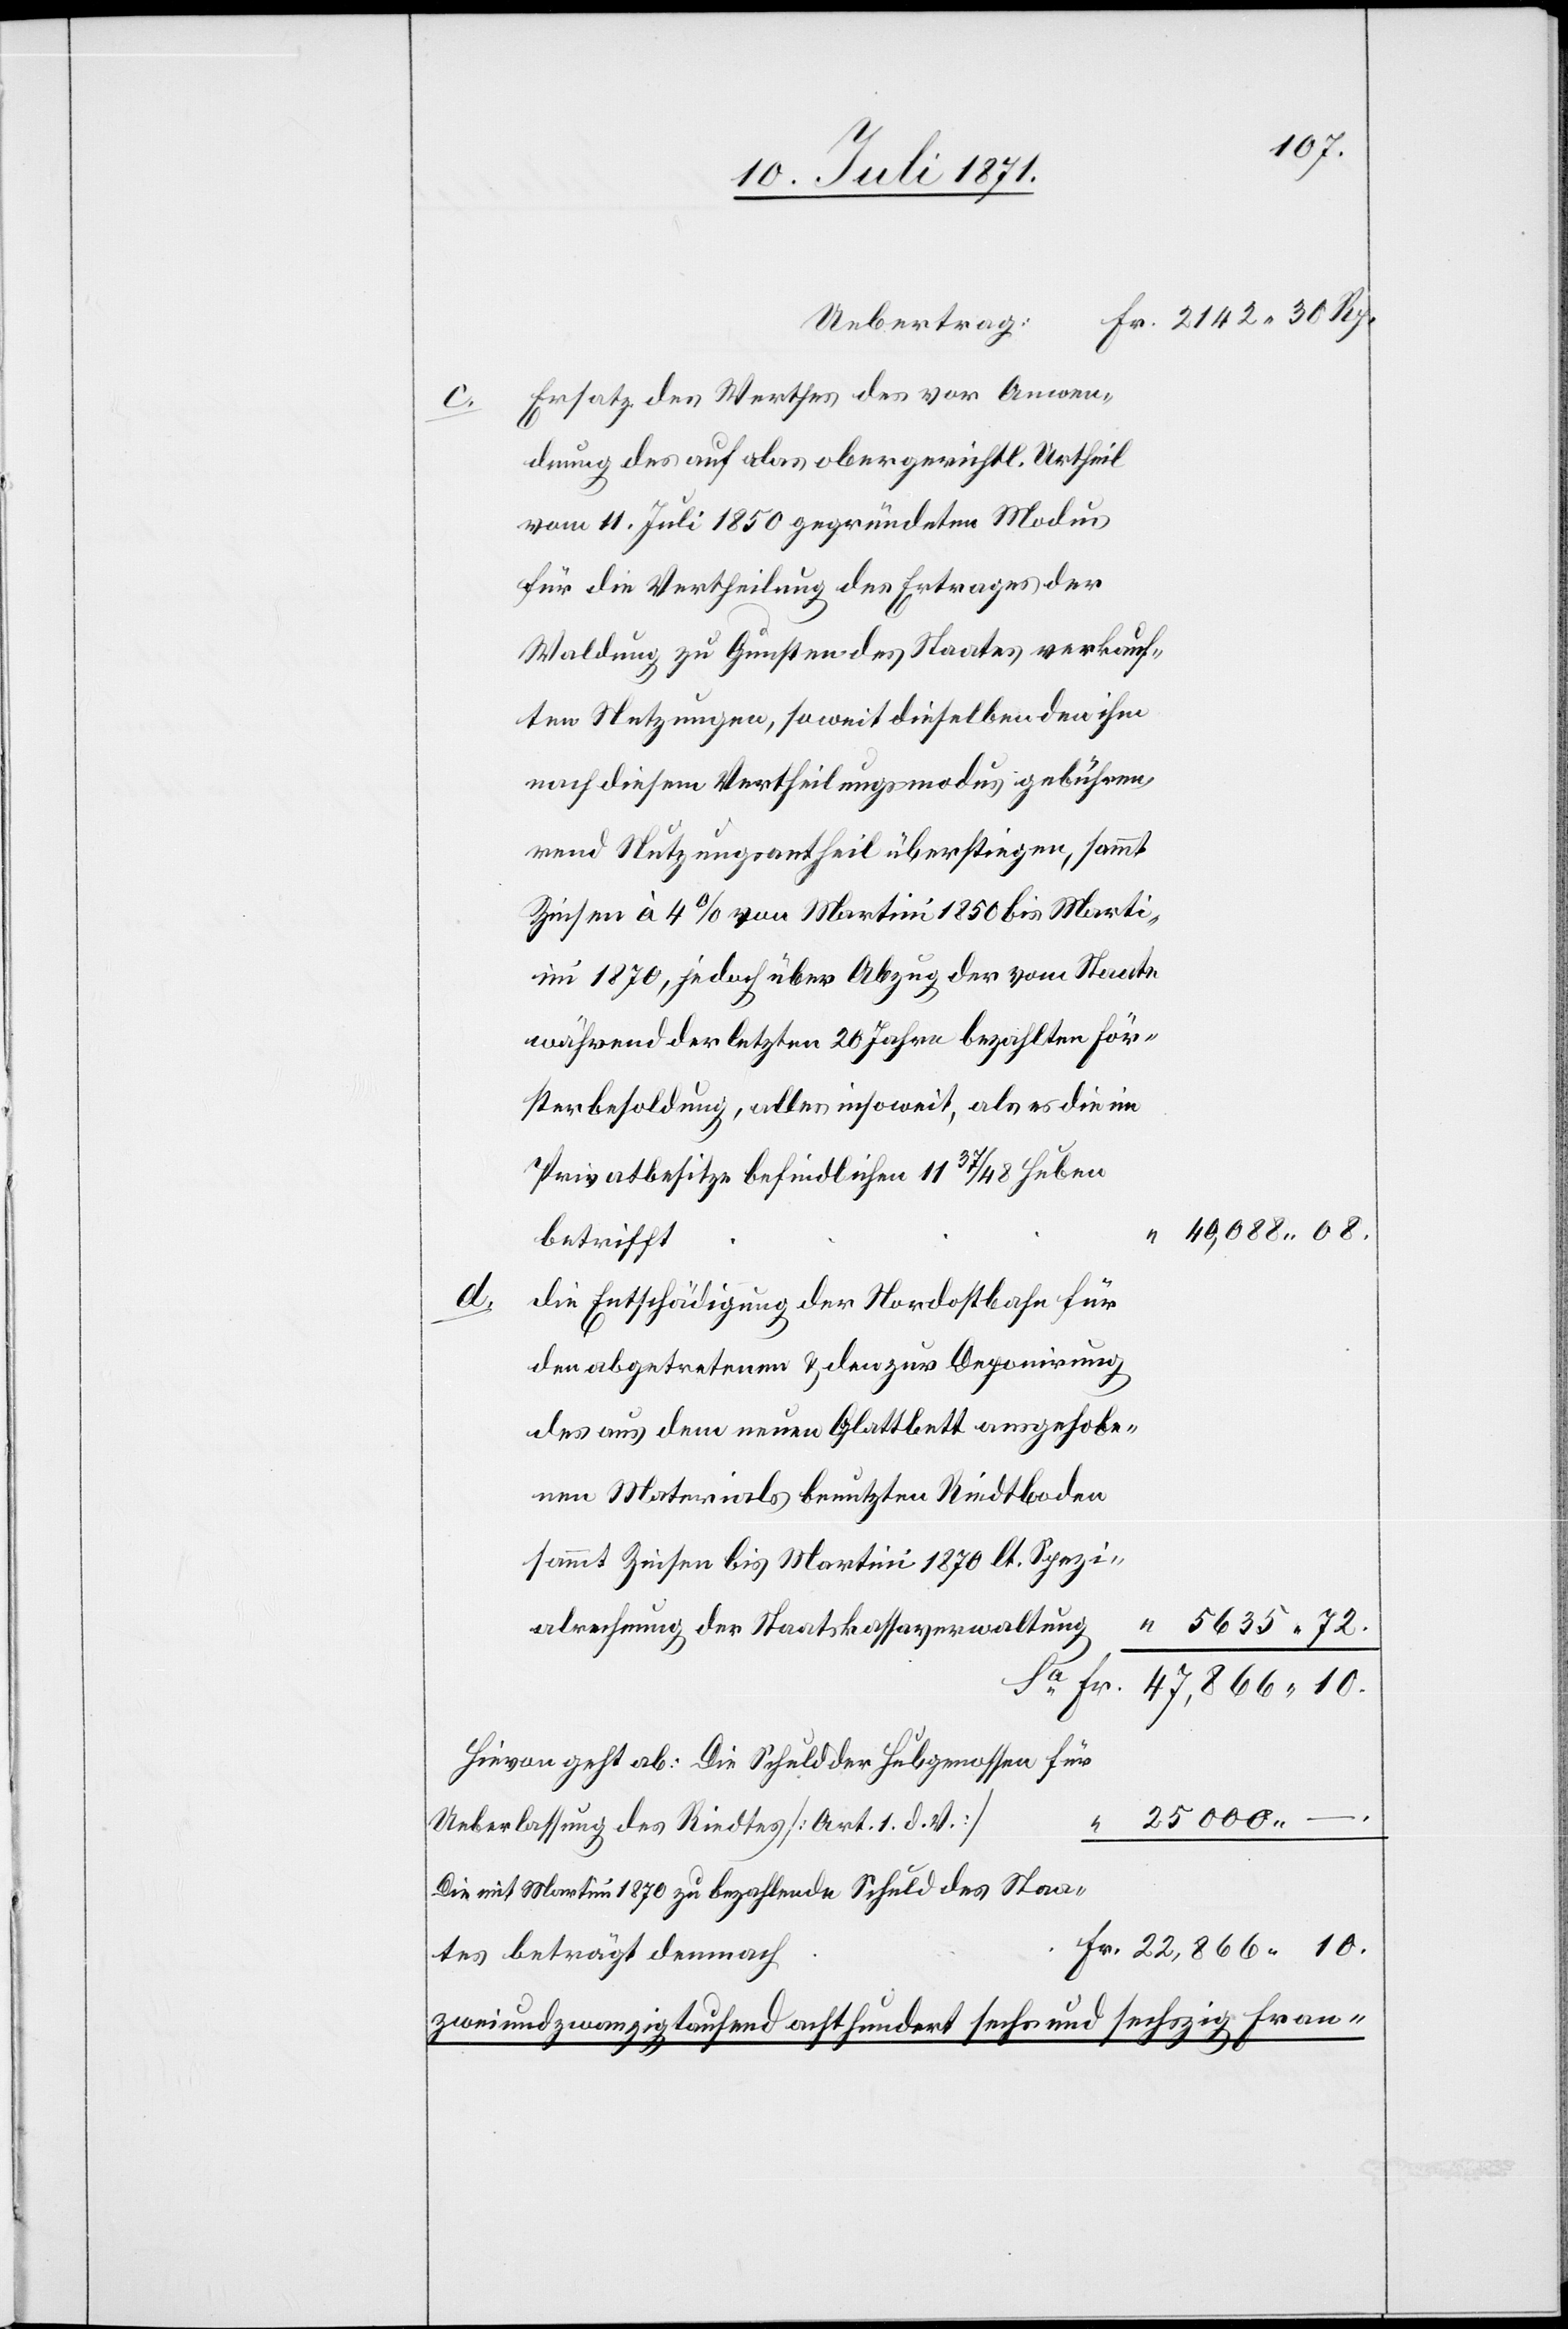
d.

Ersatz des Werthes des vor Anwen¬
dung des auf das obergerichtl. Urtheil
vom 11. Juli 1850 gegründeten Modus
für die Vertheilung des Ertrages der
Waldung zu Gunsten des Staates verkauf¬
ten Nutzungen, so weit dieselben den ihm
nach diesem Vertheilungsmodus gebühren¬
den Nutzungsantheil überstiegen, sammt
Zinsen à 4% von Martini 1850 bis Marti¬
ni 1870, jedoch über Abzug der vom Staate
während der letzten 20 Jahre bezahlten För¬
sterbesoldung, alles insoweit, als es die im
Privatbesitze befindlichen 11 37/48 Huben
40,088.08.
betrifft.
die Entschädigung der Nordostbahn für
den abgetretenen u. den zur Deponirung
des aus dem neuen Glattbett ausgehobe¬
nen Materials benutzten Riedtboden
sammt Zinsen bis Martini 1870 lt. Spezi¬
alrechnung der Staatskassaverwaltung
5635.72.
22,866.10.
Hievon geht ab: Die Schuld der Hubgenossen für
Ueberlassung des Riedtes [Art. 1. d. V.]
Die mit Martini 1870 zu bezahlende Schuld des Staa¬
tes beträgt demnach
zweiundzwanzigtausend achthundert sechs und sechzig Fran-
Fr.